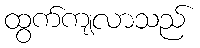
ထွက်ကျလာသည်